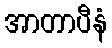
အာတာပီနံ